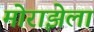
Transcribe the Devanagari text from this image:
मोराझेला